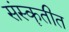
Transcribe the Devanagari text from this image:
संस्कॄतीत